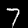
Label: 7